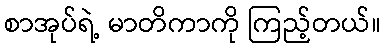
စာအုပ်ရဲ့ မာတိကာကို ကြည့်တယ်။